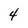
Character: 4